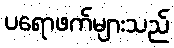
ပရောဖက်များသည်